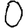
Digit: 0